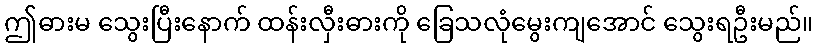
ဤဓားမ သွေးပြီးနောက် ထန်းလှီးဓားကို ခြေသလုံမွေးကျအောင် သွေးရဦးမည်။